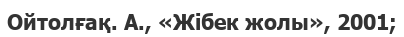
Ойтолғақ. А., «Жібек жолы», 2001;